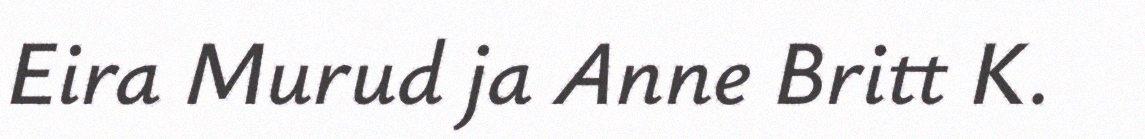
Eira Murud ja Anne Britt K.